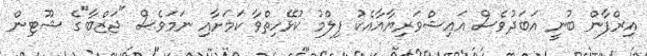
އިރްފާން ބުނީ އަބަދުވެސް އައިޝްވަރިޔާއާއެކު ފިލްމު ކުޅޭހިތްވާ ކަމަށާއި ނަމަވެސް "ޖަޒްބާ"ގެ ޝޫޓިން